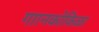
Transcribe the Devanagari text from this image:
गाानकोकिळा